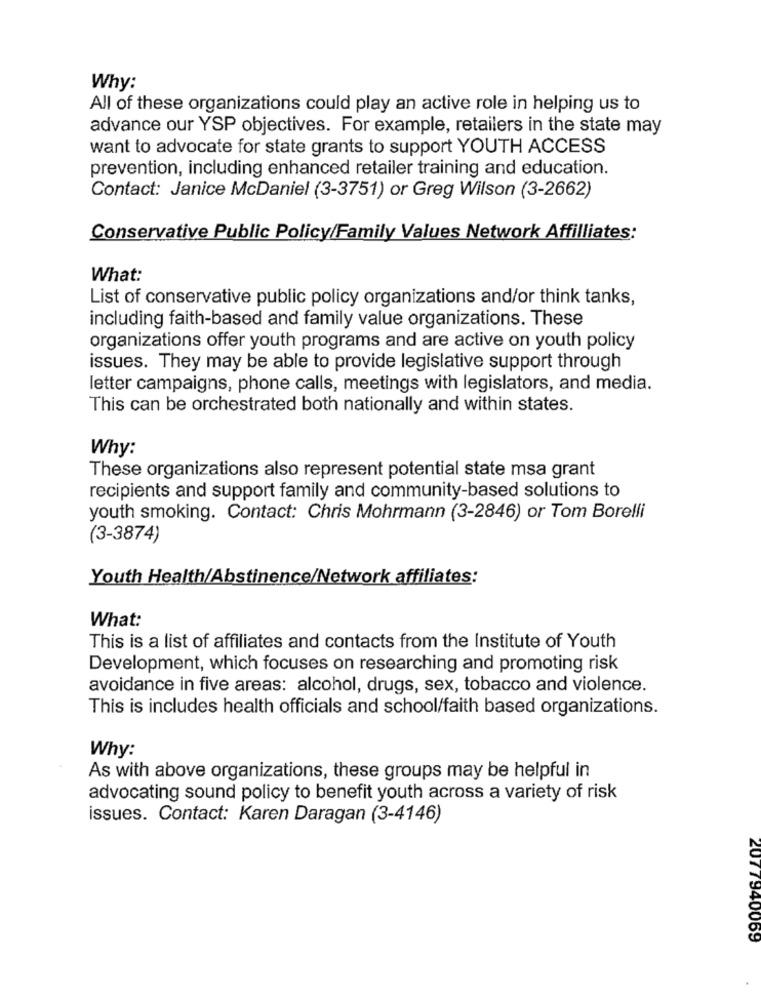
Why:
All of these organizations could play an active role in helping us to
advance our YSP objectives. For example, retailers in the state may
want to advocate for state grants to support YOUTH ACCESS
prevention, including enhanced retailer training and education.
Contact: Janice McDaniel (3-3751) or Greg Wilson (3-2662)
Conservative Public Policy/Family Values Network Affilliates:
What:
List of conservative public policy organizations and/or think tanks,
including faith-based and family value organizations. These
organizations offer youth programs and are active on youth policy
issues. They may be able to provide legislative support through
letter campaigns, phone calls, meetings with legislators, and media.
This can be orchestrated both nationally and within states.
Why:
These organizations also represent potential state msa grant
recipients and support family and community-based solutions to
youth smoking. Contact: Chris Mohrmann (3-2846) or Tom Borelli
(3-3874)
Youth Health/Abstinence/Network affiliates:
What:
This is a list of affiliates and contacts from the Institute of Youth
Development, which focuses on researching and promoting risk
avoidance in five areas: alcohol, drugs, sex, tobacco and violence.
This is includes health officials and school/faith based organizations.
Why:
As with above organizations, these groups may be helpful in
advocating sound policy to benefit youth across a variety of risk
issues. Contact: Karen Daragan (3-4146)
2077940069